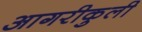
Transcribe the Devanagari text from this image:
आगरीकुली